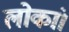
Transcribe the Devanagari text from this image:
लोकां।